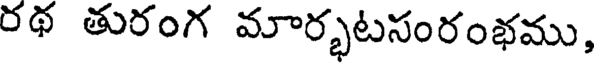
రథ తురంగ మార్భటసంరంభము,